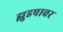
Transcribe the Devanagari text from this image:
झुडपावर